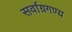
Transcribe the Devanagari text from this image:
सर्वाग्रगण्य